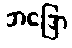
ဘဒြော